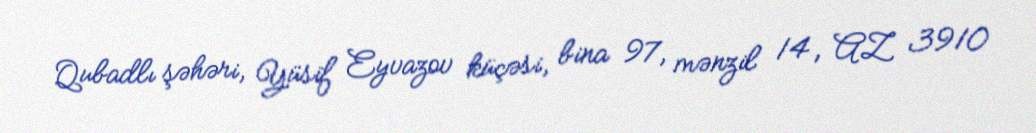
Qubadlı şəhəri, Yüsif Eyvazov küçəsi, bina 97, mənzil 14, AZ 3910